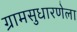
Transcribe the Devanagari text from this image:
ग्रामसुधारणेला